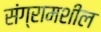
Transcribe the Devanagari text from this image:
संग्रामशील